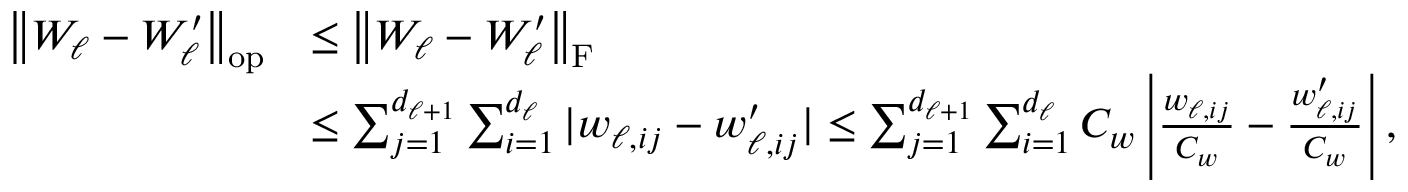
\begin{array} { r l } { \left\| W _ { \ell } - W _ { \ell } ^ { \prime } \right\| _ { \mathrm { o p } } } & { \leq \left\| W _ { \ell } - W _ { \ell } ^ { \prime } \right\| _ { \mathrm { F } } } \\ & { \leq \sum _ { j = 1 } ^ { d _ { \ell + 1 } } \sum _ { i = 1 } ^ { d _ { \ell } } | w _ { \ell , i j } - w _ { \ell , i j } ^ { \prime } | \leq \sum _ { j = 1 } ^ { d _ { \ell + 1 } } \sum _ { i = 1 } ^ { d _ { \ell } } C _ { w } \left| \frac { w _ { \ell , i j } } { C _ { w } } - \frac { w _ { \ell , i j } ^ { \prime } } { C _ { w } } \right| , } \end{array}